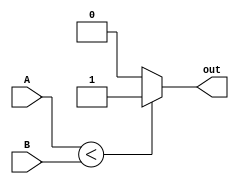
module less_than_comparator (
    input wire [7:0] A,
    input wire [7:0] B,
    output reg out
);

always @(*) begin
    if (A < B) begin
        out <= 1;
    end else begin
        out <= 0;
    end
end

endmodule